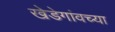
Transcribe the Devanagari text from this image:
खेडेगांवच्या